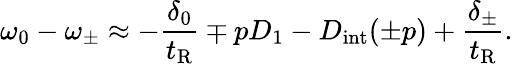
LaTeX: \omega_{0}-\omega_{\pm}\approx-\frac{\delta_{0}}{t_{\mathrm{R}}}\mp pD_{1}-D_{\mathrm{int}}(\pm p)+\frac{\delta_{\pm}}{t_{\mathrm{R}}}.